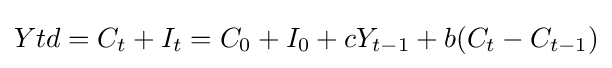
Ytd=C_{t}+I_{t}=C_{0}+I_{0}+cY_{t-1}+b(C_{t}-C_{t-1})